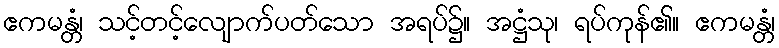
ဧကမန္တံ၊ သင့်တင့်လျောက်ပတ်သော အရပ်၌။ အဋ္ဌံသု၊ ရပ်ကုန်၏။ ဧကမန္တံ၊